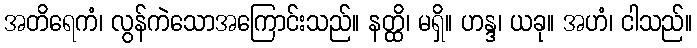
အတိရေကံ၊ လွန်ကဲသောအကြောင်းသည်။ နတ္ထိ၊ မရှိ။ ဟန္ဒ၊ ယခု။ အဟံ၊ ငါသည်။